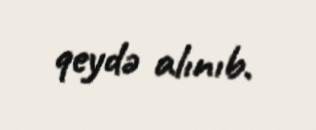
qeydə alınıb.